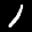
Label: 1